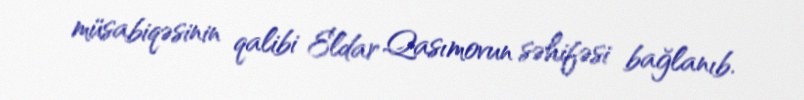
müsabiqəsinin qalibi Eldar Qasımovun səhifəsi bağlanıb.